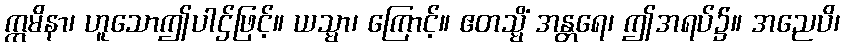
ဣမိနာ၊ ဟူသောဤပါဌ်ဖြင့်။ ယသ္မာ၊ ကြောင့်။ ဧတသ္မိံ အန္တရေ၊ ဤအရပ်၌။ အညေပိ၊